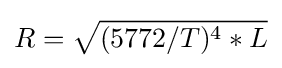
R={\sqrt {(5772/T)^{4}*L}}